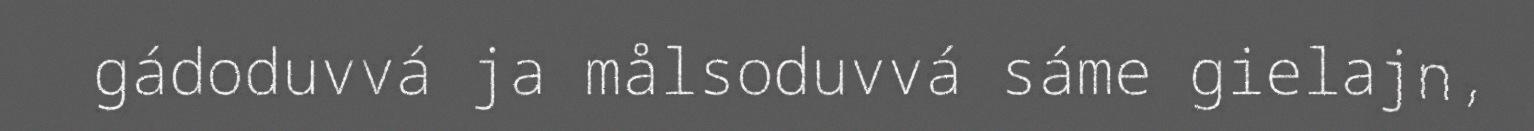
gádoduvvá ja målsoduvvá sáme gielajn,